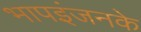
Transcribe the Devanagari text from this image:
भापइंजनके